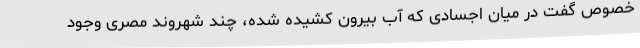
خصوص گفت در میان اجسادی که آب بیرون کشیده شده، چند شهروند مصری وجود